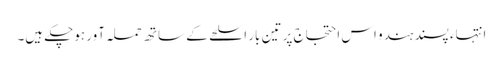
انتہاء پسند ہندو اس احتجاج پر تین بار اسلحے کے ساتھ حملہ آور ہوچکے ہیں۔